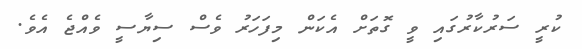
ކުރީ ސަރުކާރުގައި ވީ ގޮތަށް އެކަން މިފަހަރު ވެސް ސިޔާސީ ވެއްޖެ އެވެ.